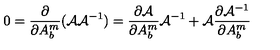
0 = \frac { \partial } { \partial A _ { b } ^ { m } } ( { \cal A } { \cal A } ^ { - 1 } ) = \frac { \partial { \cal A } } { \partial A _ { b } ^ { m } } { \cal A } ^ { - 1 } + { \cal A } \frac { \partial { \cal A } ^ { - 1 } } { \partial A _ { b } ^ { m } }